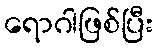
ရောဂါဖြစ်ပြီး